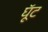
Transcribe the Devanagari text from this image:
घूॅट